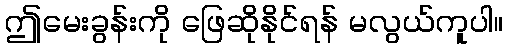
ဤမေးခွန်းကို ဖြေဆိုနိုင်ရန် မလွယ်ကူပါ။